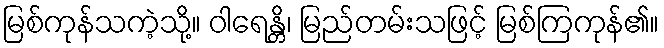
မြစ်ကုန်သကဲ့သို့။ ဝါရေန္တိ၊ မြည်တမ်းသဖြင့် မြစ်ကြကုန်၏။